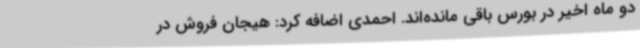
دو ماه اخیر در بورس باقی مانده‌اند. احمدی اضافه کرد: هیجان فروش در